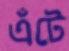
এঁটে